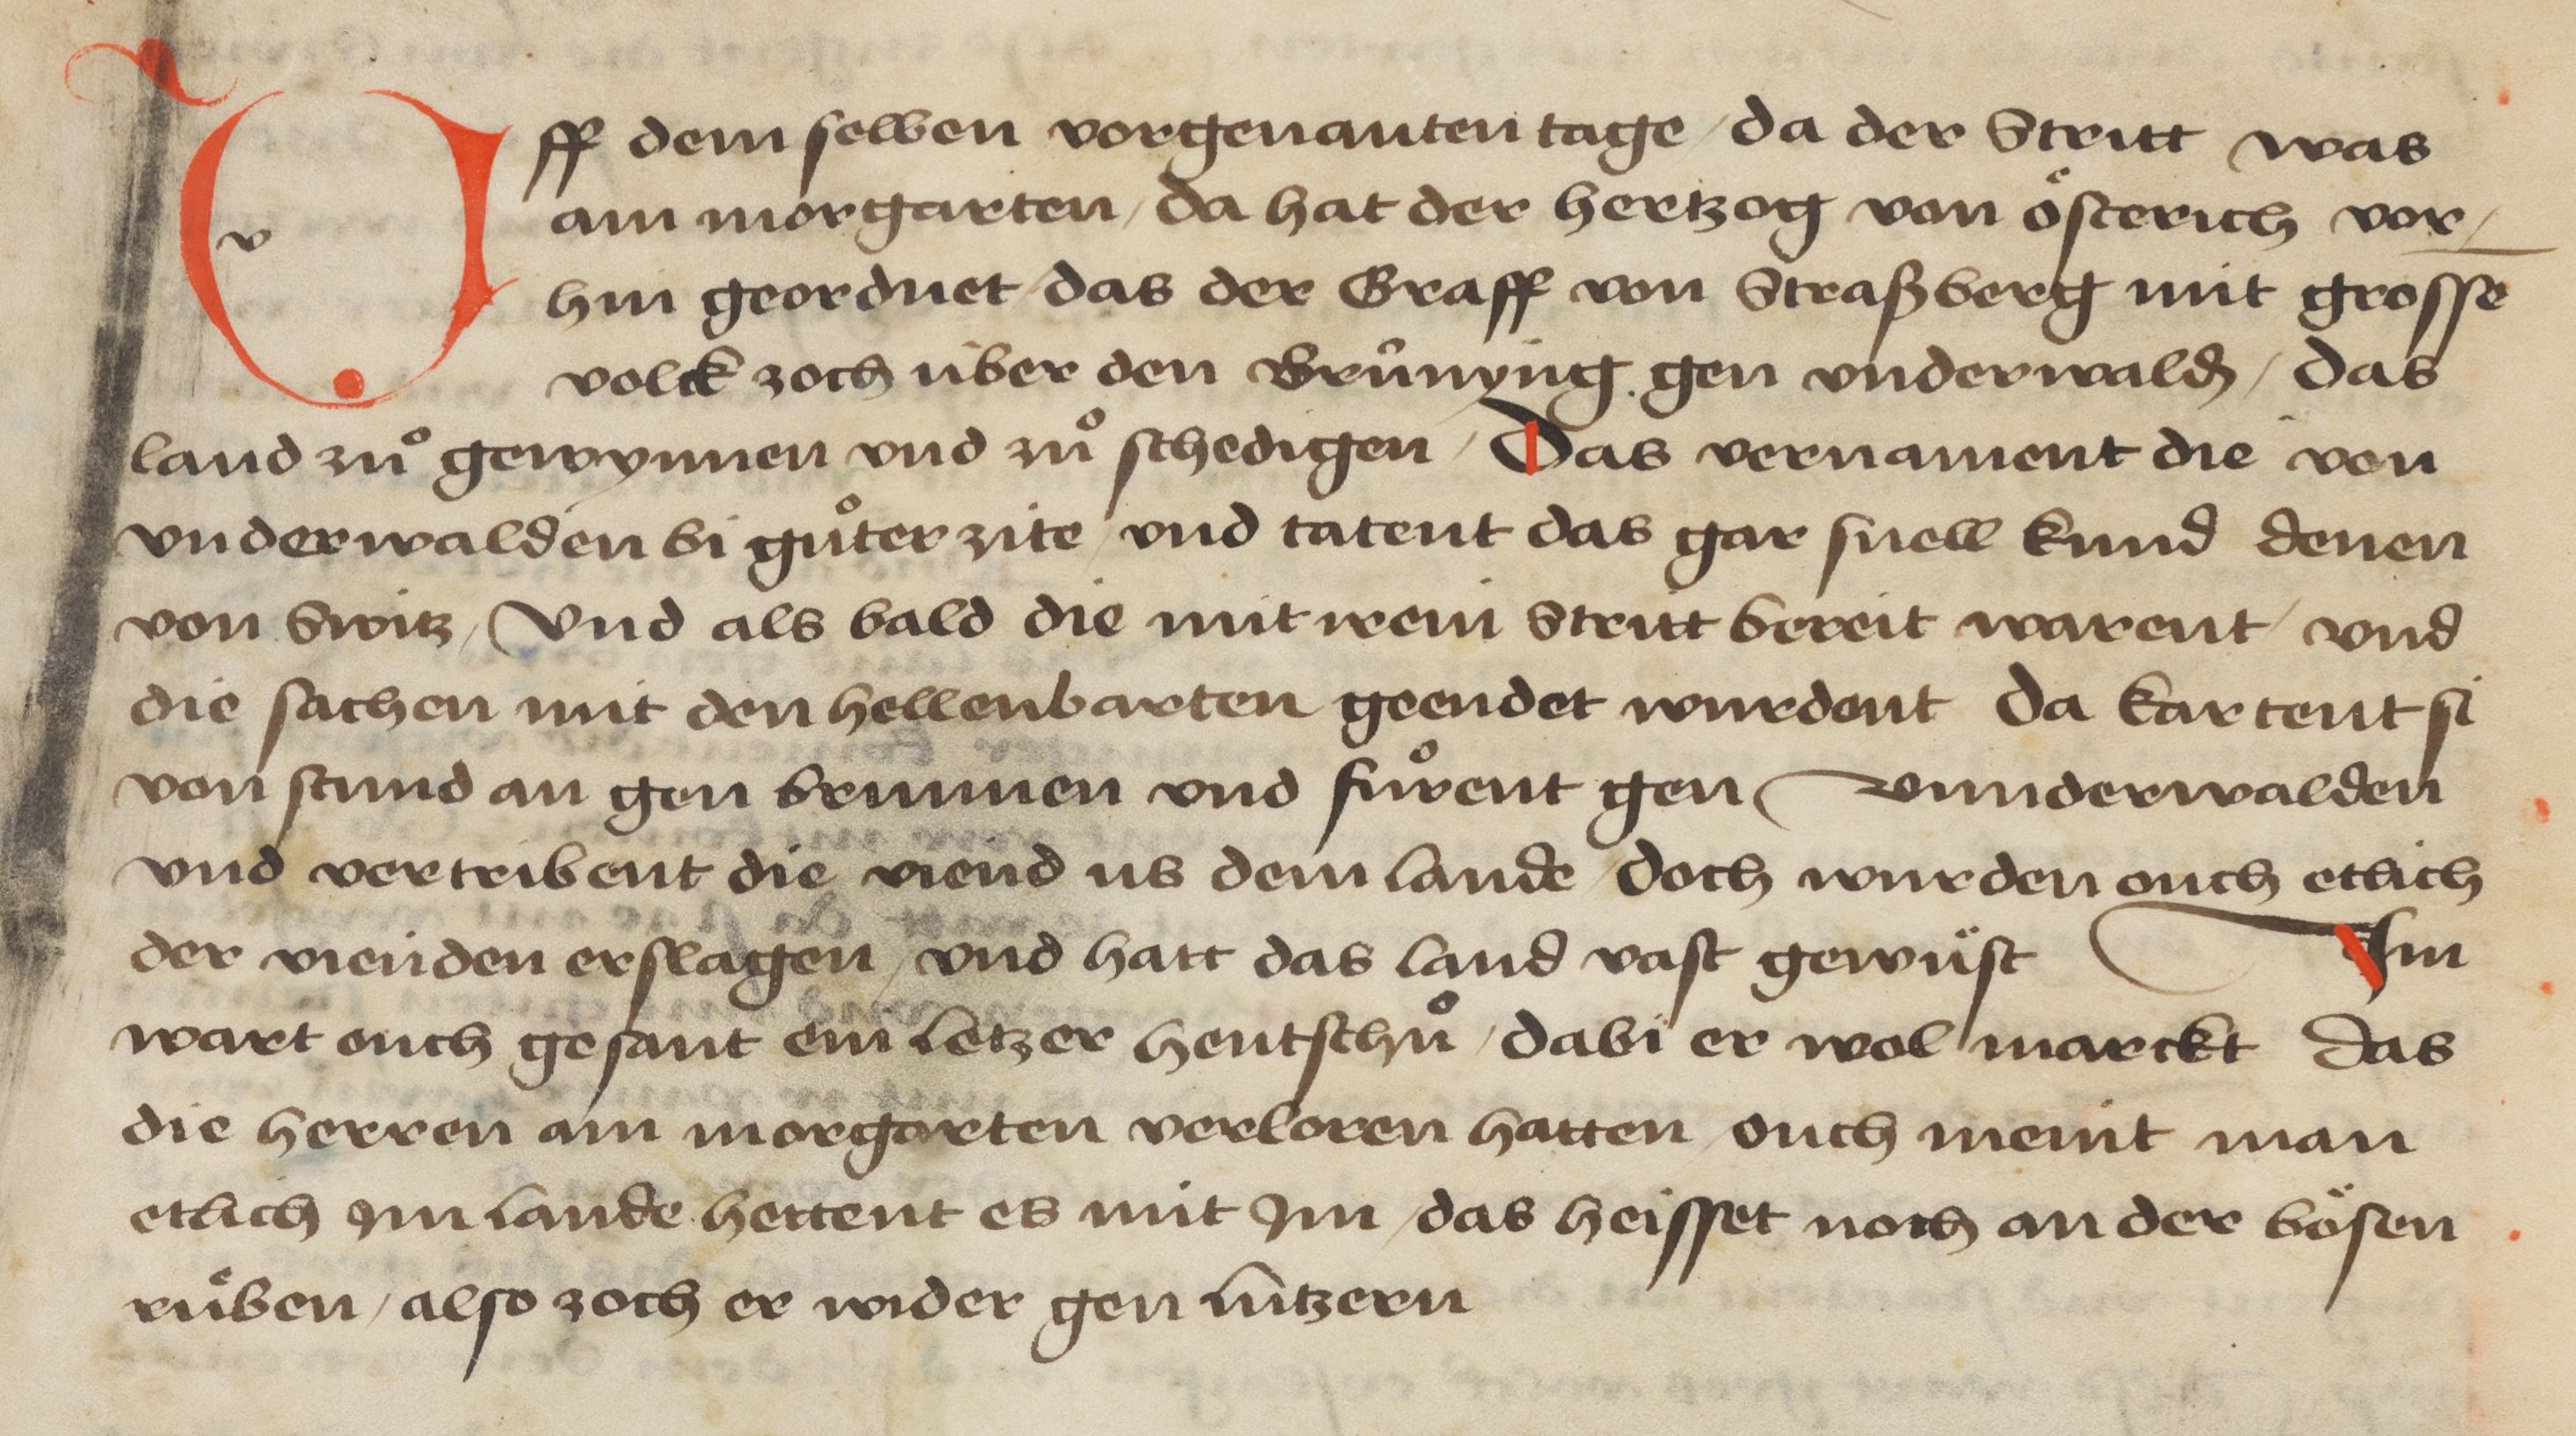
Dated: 1478–1483